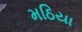
મઠિયા